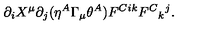
\partial _ { i } X ^ { \mu } \partial _ { j } ( \eta ^ { A } \Gamma _ { \mu } \theta ^ { A } ) F ^ { C i k } F ^ { C } { } _ { k } { } ^ { j } .